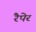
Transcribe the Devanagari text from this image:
रैपेर